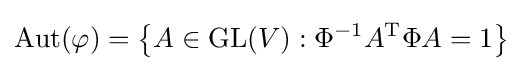
\operatorname {Aut} (\varphi )=\left\{A\in \operatorname {GL} (V):\Phi ^{-1}A^{\mathrm {T} }\Phi A=1\right\}